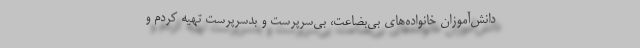
دانش‌آموزان خانواده‌های بی‌بضاعت، بی‌سرپرست و بدسرپرست تهیه کردم و